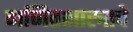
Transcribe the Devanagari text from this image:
गणितशास्त्राचे